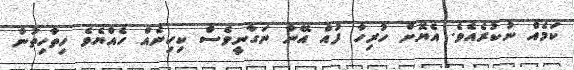
ކަމެއް ނުކުރެއެވެ. އެޔޮށް ހުރިހާ ފުއް އޭނާ ނަގާނީވެސް ކިހިނެއް ހެއްޔެވެ ހިތާހިތުން